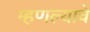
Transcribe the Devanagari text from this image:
म्हणल्याचे